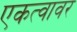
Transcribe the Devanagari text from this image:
एकत्वावर